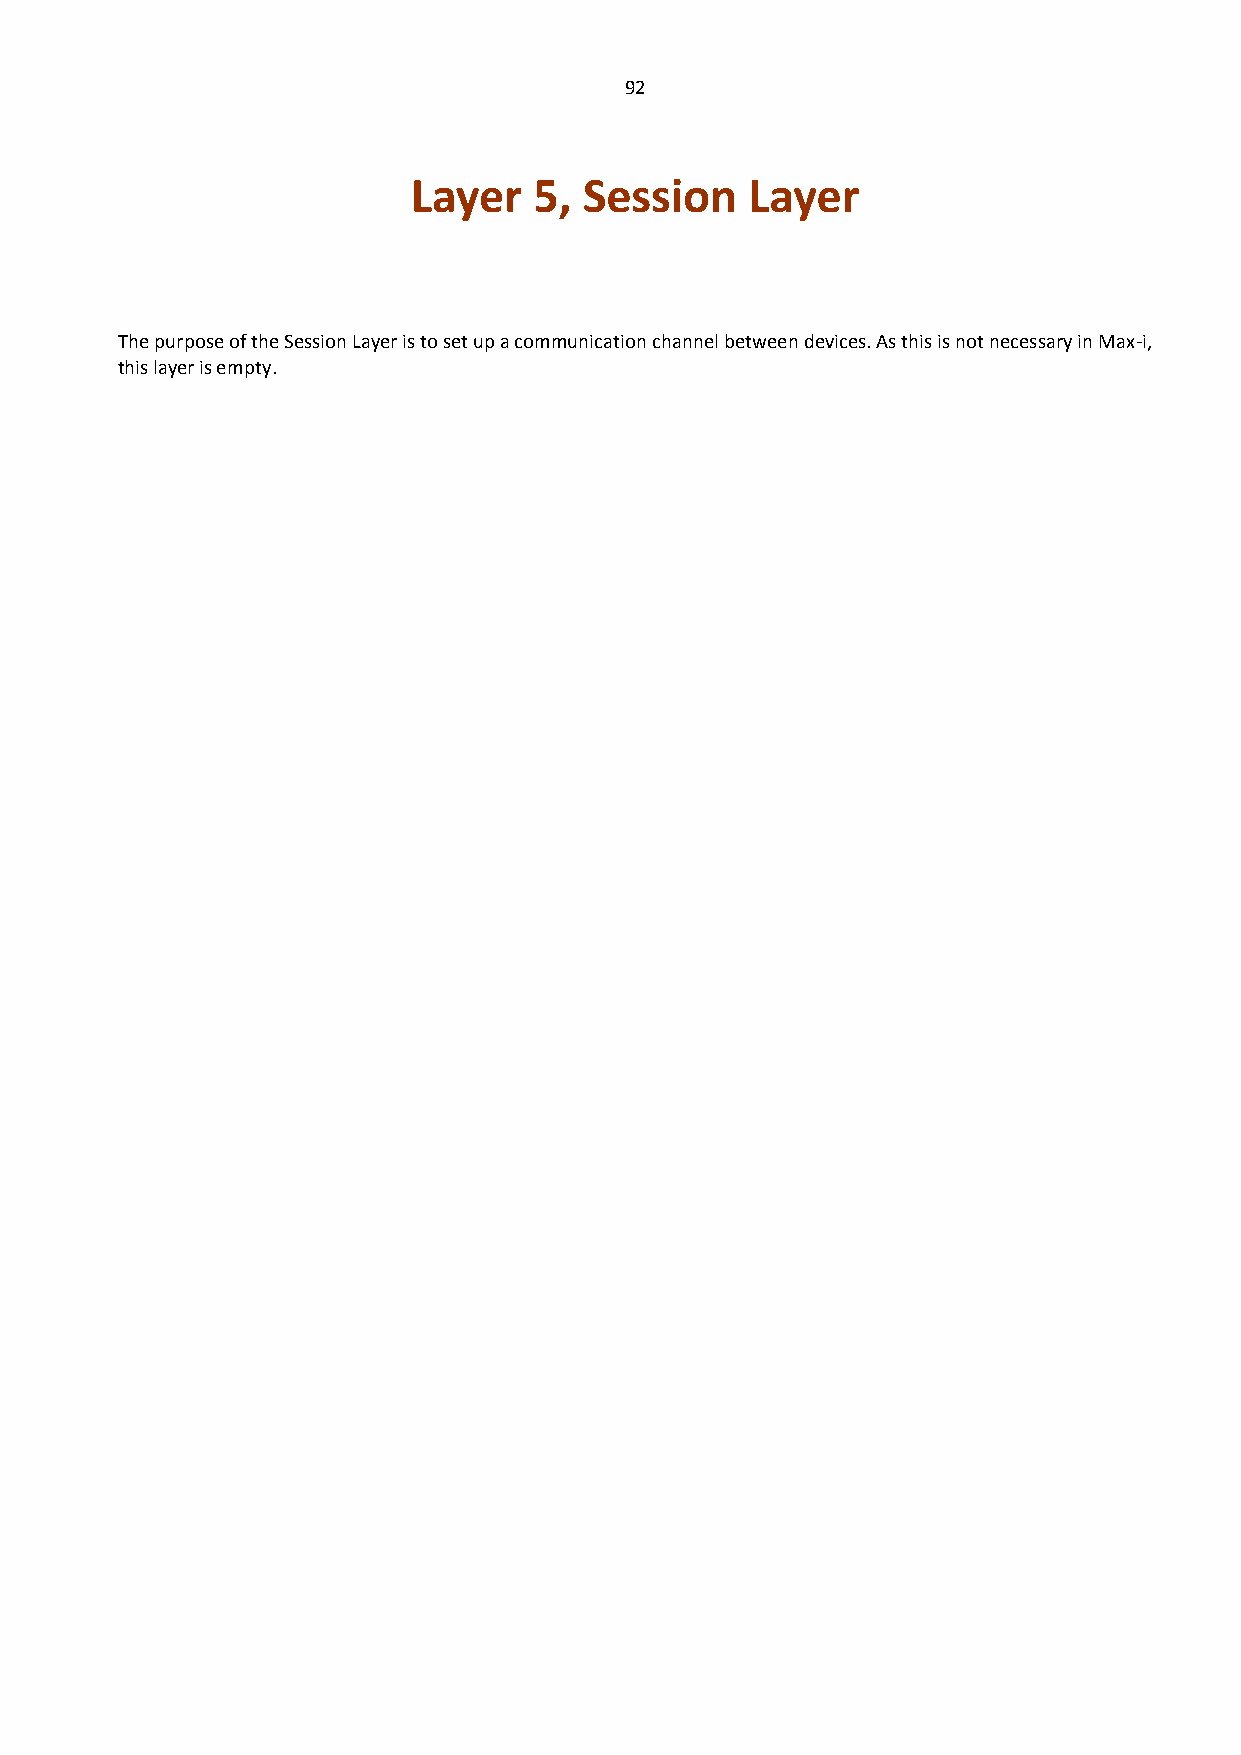
92
 Layer   5,  Session    Layer
 The purpose of the Session Layer is to set up a communication channel between devices. As this is not necessary in Max-i,
 this layer is empty.